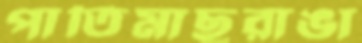
পাতিমাছরাঙা